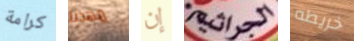
كرامة مهذبا إن الجراثيم خريطه